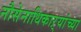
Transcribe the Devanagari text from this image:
नौसेनाधिकाऱ्यांच्या